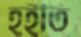
হইতি